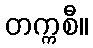
တက္ကစီ။